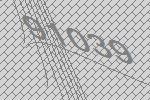
91039